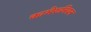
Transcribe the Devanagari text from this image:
कामेरुनियन